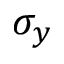
\sigma _ { y }